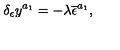
\delta _ { \epsilon } y ^ { a _ { 1 } } = - \lambda \overline { { \epsilon } } ^ { a _ { 1 } } ,